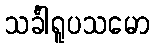
သင်္ခါရူပသမော